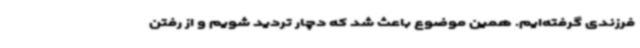
فرزندی گرفته‌ایم. همین موضوع باعث شد که دچار تردید شویم و از رفتن